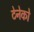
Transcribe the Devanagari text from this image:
टेनेको